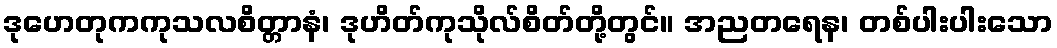
ဒုဟေတုကကုသလစိတ္တာနံ၊ ဒုဟိတ်ကုသိုလ်စိတ်တို့တွင်။ အညတရေန၊ တစ်ပါးပါးသော